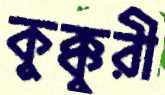
কুক্কুরী